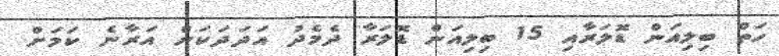
ހަތް ބިލިއަން ޑޮލަރާއި 15 ބިލިއަން ޑޮލަރާ ދެމެދު އަދަދަކަށް އަރާނެ ކަމަށް